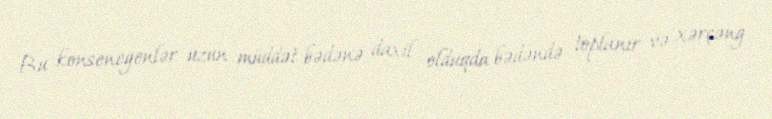
Bu konsenegenlər uzun müddət bədənə daxil olduqda bədəndə toplanır və xərçəng